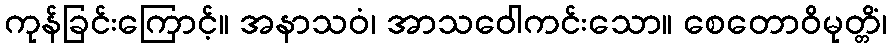
ကုန်ခြင်းကြောင့်။ အနာသဝံ၊ အာသဝေါကင်းသော။ စေတောဝိမုတ္တိံ၊